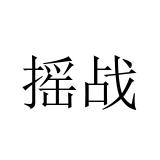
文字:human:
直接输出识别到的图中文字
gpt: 摇战